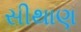
સીથાણ